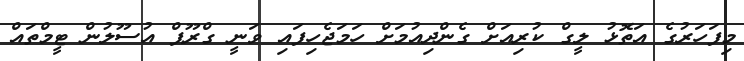
މިފަހަރުގެ އަތޮޅު ލީގް ކުރިއަށް ގެންދިއުމަށް ހަމަޖެހިފައި ވަނީ ގްރޫޕް އުސޫލުން ޓީމްތައް